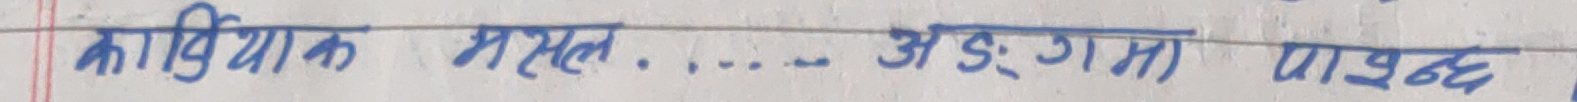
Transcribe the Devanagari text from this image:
काषियाक मसल. .... अड़:गमा प्राप्त